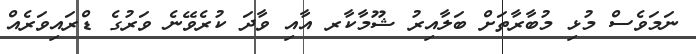
ނަމަވެސް މުޅި މުބާރާތަށް ބަލާއިރު ޝޫމާކާރ އާއި ވާދަ ކުރެވޭނެ ވަރުގެ ޑްރައިވަރެއް